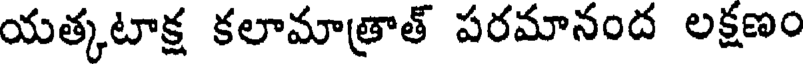
యత్కటాక్ష కలామాత్రాత్ పరమానంద లక్షణం